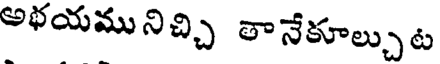
అభయమునిచ్చి తానేకూల్చుట